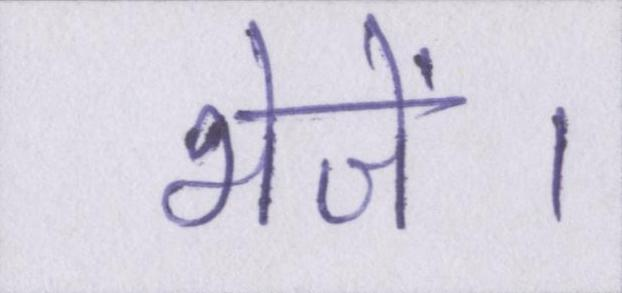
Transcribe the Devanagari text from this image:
भेजें।